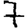
Digit: 7